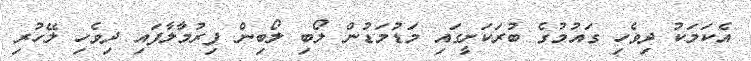
އެކަމަކު ދިވެހި ގައުމުގެ ބުރަކަށީގައި މަޑުމަޑުން ލޯބި ލޯބިން ފިރުމާލާފައި ދިވެހި ލޭހުރި